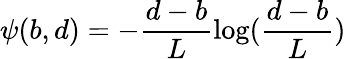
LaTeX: \psi(b,d)=-\frac{d-b}{L}\log(\frac{d-b}{L})